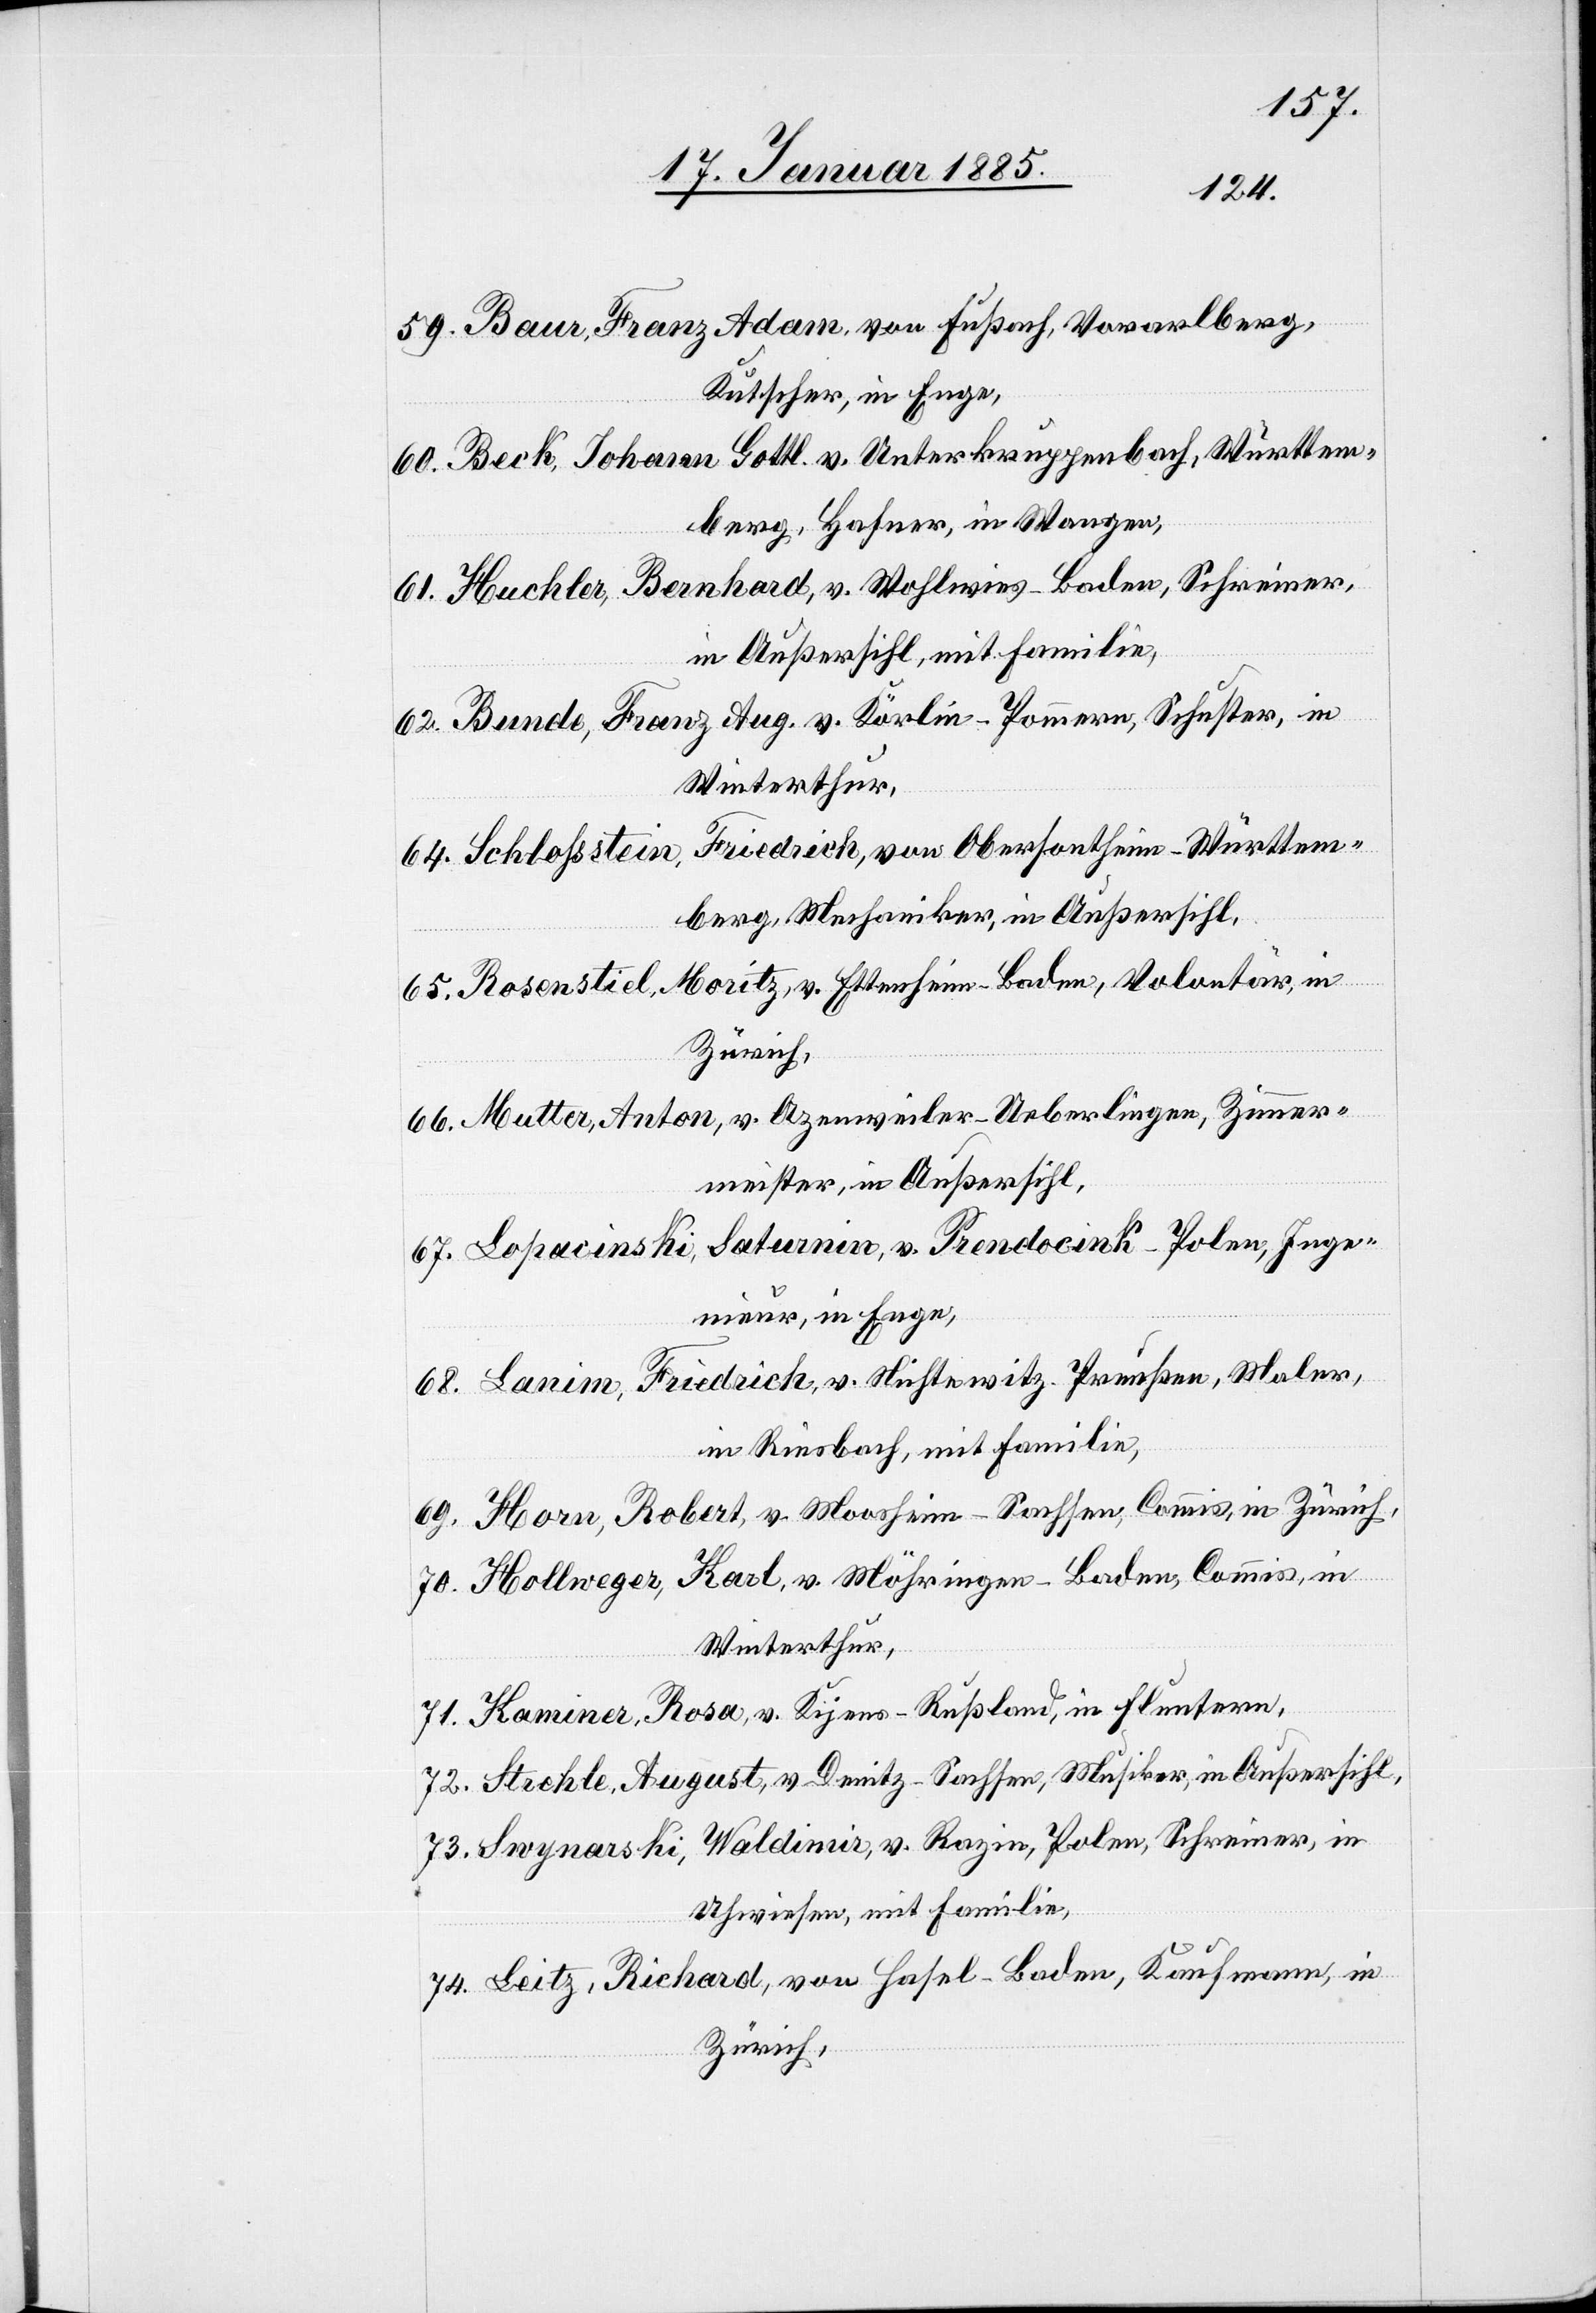
Baur, Franz Adam, von Fußbach, Vorarlberg,
Kutscher, in Enge,
Beck, Johann Gottl. v. Unterkruppenbach, Württem¬
berg, Hafner, in Wangen,
Huchler, Bernhard, v. Wohlwies - Baden, Schreiner,
in Außersihl, mit Familie,
Bunde, Franz Aug., v. Körlin - Pommern, Schuster, in
Winterthur,
Friedrich, von Obersontheim - Württem¬
berg, Mechaniker, in Außersihl,
74.
Rosenstiel, Moritz, v. Ettenheim - Baden, Volontär, in
Zürich,
Mutter, Anton, v. Azenweiler - Ueberlingen, Zimmer¬
meister, in Außersihl,
Lopacinski, Saturnin, v. Prendocink - Polen, Inge¬
nieur, in Enge,
Lanim, Friedrich, v. Nichtewitz - Preußen, Maler,
in Riesbach, mit Familie,
Horn, Robert, v. Moosheim - Sachsen, Commis, in Zürich,
Hollweger, Karl, v. Möhringen - Baden, Commis, in
Winterthur,
Kaminer, Rosa, v. Kijens - Rußland, in Fluntern,
Strehle, August, v. Denitz - Sachsen, Musiker, in Außersihl,
Swynarski, Waldimir, v. Razin, Polen, Schreiner, in
Uhwiesen, mit Familie,
59.
Leitz, Richard, von Hasel - Baden, Kaufmann, in
Zürich,